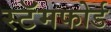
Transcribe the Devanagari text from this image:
स्टॅमफोर्ड